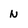
Character: n